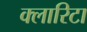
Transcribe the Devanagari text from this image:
क्लारिटा